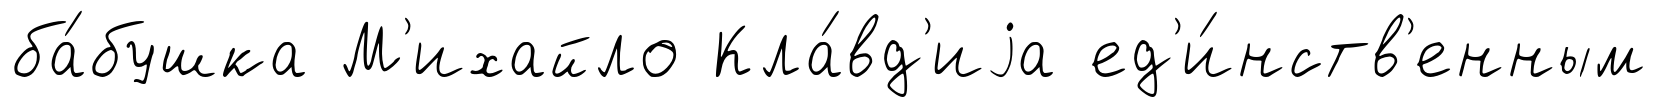
ба́бушка М'ихайло Кла́вд'иjа ед'и́нств'енным